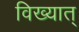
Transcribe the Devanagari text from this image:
विख्यात्